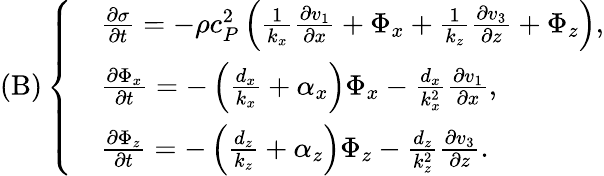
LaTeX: \textup{(B)}\left\{ \begin{array}{rl}&{\frac{\partial\sigma}{\partial t}=-\rho c_{P}^{2}\left(\frac{1}{k_{x}}\frac{\partial v_{1}}{\partial x}+\Phi_{x}+\frac{1}{k_{z}}\frac{\partial v_{3}}{\partial z}+\Phi_{z}\right),}\\ &{\frac{\partial\Phi_{x}}{\partial t}=-\left(\frac{d_{x}}{k_{x}}+\alpha_{x}\right)\Phi_{x}-\frac{d_{x}}{k_{x}^{2}}\frac{\partial v_{1}}{\partial x},}\\ &{\frac{\partial\Phi_{z}}{\partial t}=-\left(\frac{d_{z}}{k_{z}}+\alpha_{z}\right)\Phi_{z}-\frac{d_{z}}{k_{z}^{2}}\frac{\partial v_{3}}{\partial z}.}\end{array}\right.